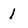
Character: 1